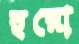
হরো